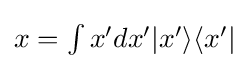
{\textstyle x=\int x'dx'|x'\rangle \langle x'|}